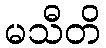
မသီတိ